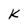
Character: k